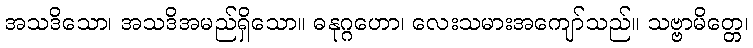
အသဒိသော၊ အသဒိအမည်ရှိသော။ ဓနုဂ္ဂဟော၊ လေးသမားအကျော်သည်။ သဗ္ဗာမိတ္တေ၊